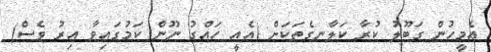
އެމީހުން ގަބޫލު ކުރާ ކަލާނގެތަކަށް (އެއީ ހައްގު ނޫން ކަމުގައިވާ އިރު ވެސް)